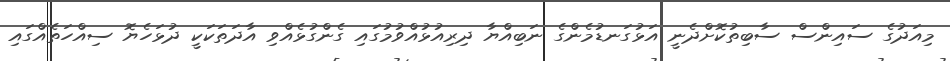
މިއަދުގެ ސައިންސް ސާބިތުކޮށްދެނީ އަޅުގަނޑުމެންގެ ނަބިއްޔާ ދިރިއުޅުއްވުމުގައި ގެންގުޅެއްވި އާދަތަކަކީ ދުޅަހެޔޮ ސިއްހަތެއްގައި